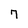
Character: 7